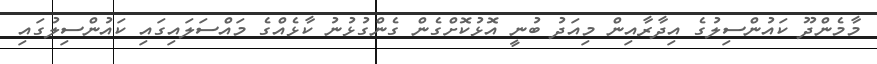
މާމެންދޫ ކައުންސިލުގެ އިދާރާއިން މިއަދު ބުނީ އޮޅުކޮށްގެން ގެންގުޅުނު ކާޅެއްގެ މައްސަލައިގައި ކައުންސިލުގައި